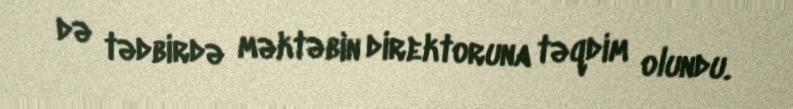
də tədbirdə məktəbin direktoruna təqdim olundu.